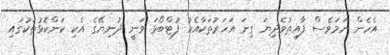
އެހެން ނަމަވެސް ފާއިތުވެދިޔަ ގިނަ އަހަރުތަކާއެކު ފުޓްބޯޅަ ވަނީ ދުނިޔޭގެ އެކި ކަންކޮޅުތަކުގައި